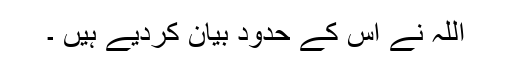
اللہ نے اس کے حدود بیان کردیے ہیں ۔